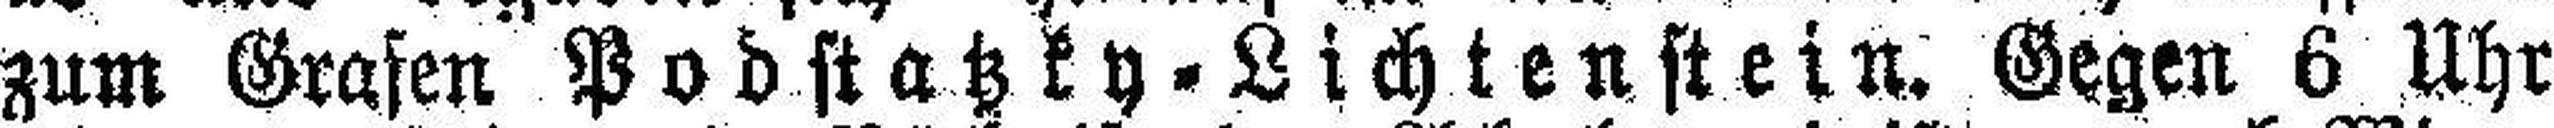
zum Grafen Podstatzky=Lichtenstein. Gegen 6 Uhr